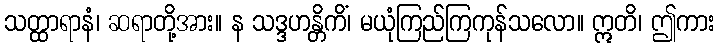
သတ္ထာရာနံ၊ ဆရာတို့အား။ န သဒ္ဒဟန္တိကိံ၊ မယုံကြည်ကြကုန်သလော။ ဣတိ၊ ဤကား